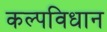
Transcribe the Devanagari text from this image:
कल्पविधान